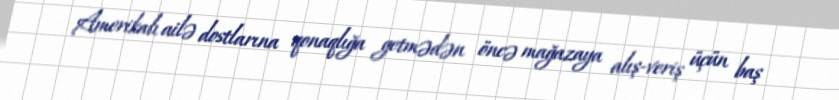
Amerikalı ailə dostlarına qonaqlığa getmədən öncə mağazaya alış-veriş üçün baş